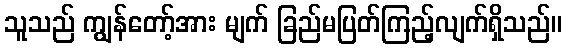
သူသည် ကျွန်တော့်အား မျက် ခြည်မပြတ်ကြည့်လျက်ရှိသည်။